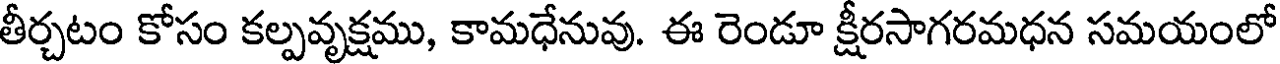
తీర్చటం కోసం కల్పవృక్షము, కామధేనువు. ఈ రెండూ క్షీరసాగరమధన సమయంలో